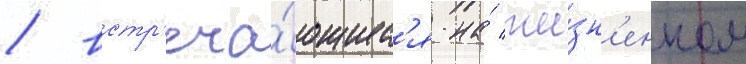
/ встр'еча́ющиес'я на́ жи́зн'енном